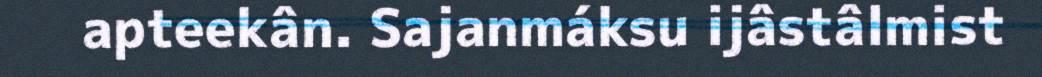
apteekân. Sajanmáksu ijâstâlmist